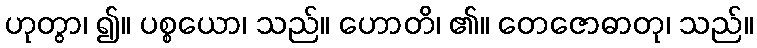
ဟုတွာ၊ ၍။ ပစ္စယော၊ သည်။ ဟောတိ၊ ၏။ တေဇောဓာတု၊ သည်။